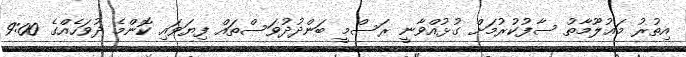
އިތުރު މަޢުލޫމާތު ސާފުކުރުމަށް ގުޅުއްވާނީ ރަސްމީ ބަންދުދުވަސްތައް ފިޔަވައި ކޮންމެ ދުވަހެއްގެ 9:00